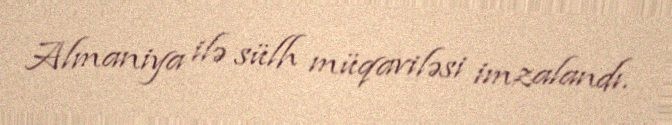
Almaniya ilə sülh müqaviləsi imzalandı.